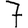
Digit: 7